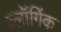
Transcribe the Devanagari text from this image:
ब्लॉगिंक